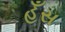
હઁસ